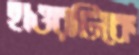
হাওরটিকে